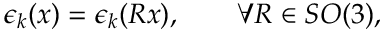
\epsilon _ { k } ( x ) = \epsilon _ { k } ( R x ) , \qquad \forall R \in S O ( 3 ) ,